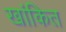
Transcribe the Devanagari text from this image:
खांकित